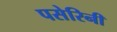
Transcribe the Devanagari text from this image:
पसेरिनी